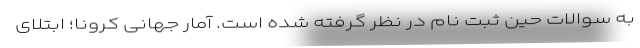
به سوالات حین ثبت نام در نظر گرفته شده است. آمار جهانیِ کرونا؛ ابتلای